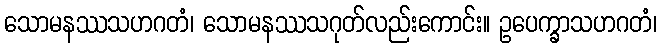
သောမနဿသဟဂတံ၊ သောမနဿသဂုတ်လည်းကောင်း။ ဥပေက္ခာသဟဂတံ၊